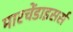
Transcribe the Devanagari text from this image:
मारचेंडाइसर्स